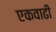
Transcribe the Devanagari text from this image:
एकवाढी